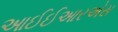
આઈઈઆરએસ